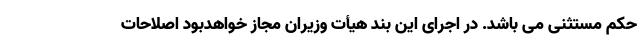
حکم مستثنی می باشد. در اجرای این بند هیأت وزیران مجاز خواهدبود اصلاحات